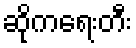
ဆိုကရေးတီး